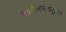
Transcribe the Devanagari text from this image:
सक्सीनोनाइट्राईल